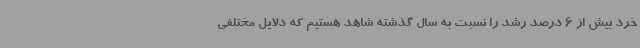
خرد بیش از 6 درصد رشد را نسبت به سال گذشته شاهد هستیم که دلایل مختلفی